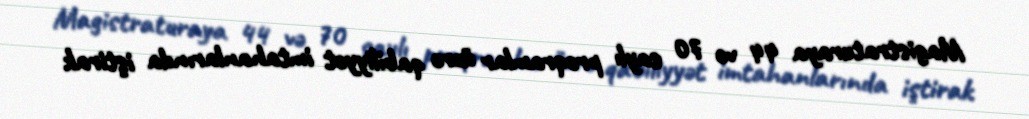
Magistraturaya 44 və 70 saylı proqramlar üzrə qabiliyyət imtahanlarında iştirak